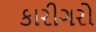
કારીગરો